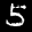
Label: 5